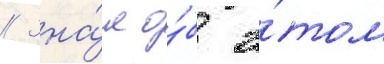
// Зна́л о́б э́том